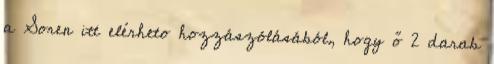
a Soren itt elérheto hozzászólásából, hogy ő 2 darab